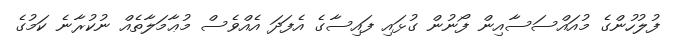
ފުލުހުންގެ މުއައްސަސާއިން ފޯނުން ގުޅައި ފައިސާގެ އެފަދަ އެއްވެސް މުޢާމަލާތެއް ނުކުރާނެ ކަމުގެ